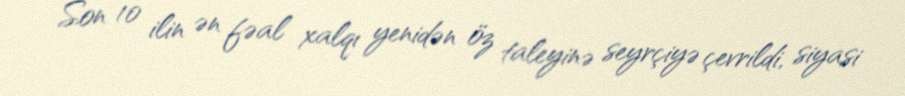
Son 10 ilin ən fəal xalqı yenidən öz taleyinə seyrçiyə çevrildi, siyasi